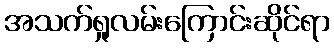
အသက်ရှုလမ်းကြောင်းဆိုင်ရာ